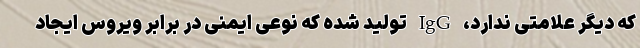
که دیگر علامتی ندارد، IgG تولید شده که نوعی ایمنی در برابر ویروس ایجاد